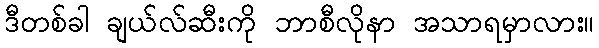
ဒီတစ်ခါ ချယ်လ်ဆီးကို ဘာစီလိုနာ အသာရမှာလား။